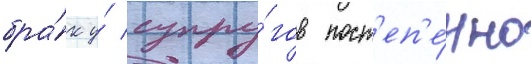
бра́к у́ супру́гов пост'еп'е́нно